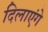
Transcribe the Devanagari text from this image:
दिलाएंगे